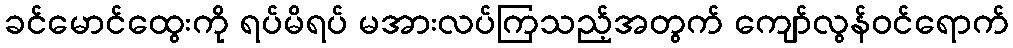
ခင်မောင်ထွေးကို ရပ်မိရပ် မအားလပ်ကြသည့်အတွက် ကျော်လွန်ဝင်ရောက်